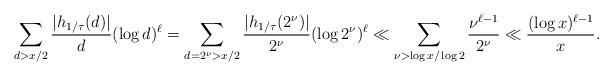
LaTeX: \begin{gather*}\sum_{d>x/2} \frac{|h_{1/\tau}(d)|}{d} (\log d)^{\ell} =\sum_{d=2^{\nu} > x/2} \frac{|h_{1/\tau}(2^{\nu})|}{2^\nu} (\log 2^\nu)^{\ell} \ll \sum_{\nu > \log x/\log 2} \frac{\nu^{\ell-1}}{2^{\nu}} \ll\frac{(\log x)^{\ell-1}}{x}.\end{gather*}